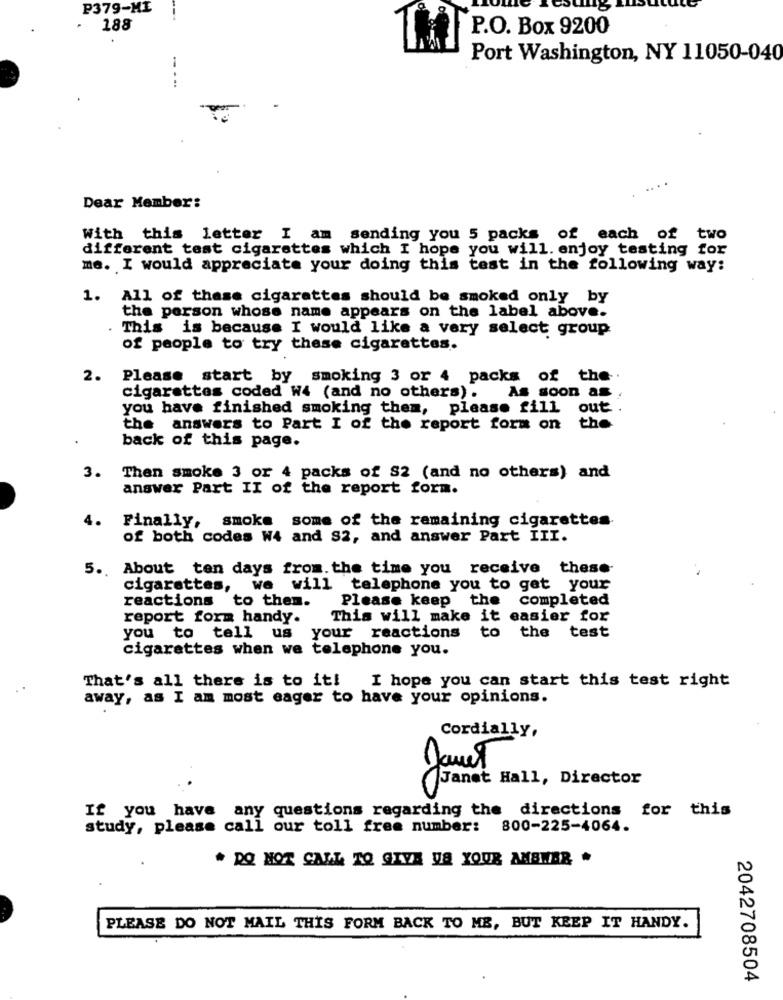
P379-MI
188
P.O. Box 9200
Port Washington, NY 11050-040
Dear Member:
With this letter I am sending you 5 packs of each of two
different test cigarettes which I hope you will. enjoy testing for
me. I would appreciate your doing this test in the following way:
1. All of these cigarettes should be smoked only by
the person whose name appears on the label above.
. This is because I would like a very select group
of people to try these cigarettes.
2.
Please start by smoking 3 or 4 packs of the
cigarettes coded W4 (and no others). As soon as ,
you have finished smoking them, please fill out .
the answers to Part I of the report form on the
back of this page.
3. Then smoke 3 or 4 packs of S2 (and no others) and
answer Part II of the report form.
4.
Finally, smoke some of the remaining cigarettes
of both codes W4 and S2, and answer Part III.
5 .. About ten days from. the time you receive these-
cigarettes, we will telephone you to get your
Please keep the
completed
reactions to them.
report form handy.
This will make it easier for
you to tell us your reactions
to the test
cigarettes when we telephone you.
That's all there is to it! I hope you can start this test right
away, as I am most eager to have your opinions.
Cordially,
Janet
Janet Hall, Director
00
If you have any questions regarding the directions for this
study, please call our toll free number: 800-225-4064.
* DO NOT CALL TO GIVE US YOUR ANSWER .
PLEASE DO NOT MAIL THIS FORM BACK TO ME, BUT KEEP IT HANDY.
2042708504